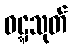
ဝဋ္ဋသုတ်